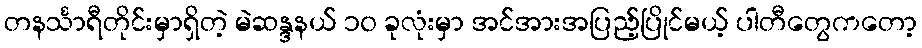
တနင်္သာရီတိုင်းမှာရှိတဲ့ မဲဆန္ဒနယ် ၁၀ ခုလုံးမှာ အင်အားအပြည့်ပြိုင်မယ့် ပါတီတွေကတော့